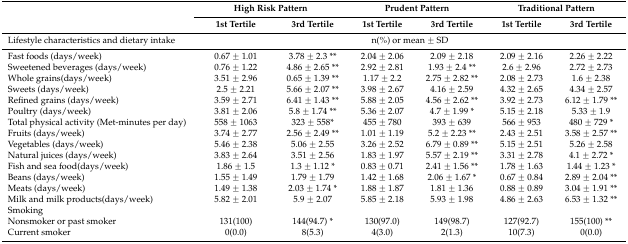
<table><thead><tr><td rowspan="2"></td><td colspan="2"><b>High Risk Pattern</b></td><td colspan="2"><b>Prudent Pattern</b></td><td colspan="2"><b>Traditional Pattern</b></td></tr><tr><td><b>1st Tertile</b></td><td><b>3rd Tertile</b></td><td><b>1st Tertile</b></td><td><b>3rd Tertile</b></td><td><b>1st Tertile</b></td><td><b>3rd Tertile</b></td></tr></thead><tbody><tr><td>Lifestyle characteristics and dietary intake</td><td colspan="6">n(%) or mean ± SD</td></tr><tr><td>Fast foods (days/week)</td><td>0.67 ± 1.01</td><td>3.78 ± 2.3 **</td><td>2.04 ± 2.06</td><td>2.09 ± 2.18</td><td>2.09 ± 2.16</td><td>2.26 ± 2.22</td></tr><tr><td>Sweetened beverages (days/week) </td><td>0.76 ± 1.22</td><td>4.86 ± 2.65 **</td><td>2.92 ± 2.81</td><td>1.93 ± 2.4 **</td><td>2.6 ± 2.96</td><td>2.72 ± 2.73</td></tr><tr><td>Whole grains(days/week) </td><td>3.51 ± 2.96</td><td>0.65 ± 1.39 **</td><td>1.17 ± 2.2</td><td>2.75 ± 2.82 **</td><td>2.08 ± 2.73</td><td>1.6 ± 2.38</td></tr><tr><td>Sweets (days/week)</td><td>2.5 ± 2.21</td><td>5.66 ± 2.07 **</td><td>3.98 ± 2.67</td><td>4.16 ± 2.59</td><td>4.32 ± 2.65</td><td>4.34 ± 2.57</td></tr><tr><td>Refined grains (days/week) </td><td>3.59 ± 2.71</td><td>6.41 ± 1.43 **</td><td>5.88 ± 2.05</td><td>4.56 ± 2.62 **</td><td>3.92 ± 2.73</td><td>6.12 ± 1.79 **</td></tr><tr><td>Poultry (days/week) </td><td>3.81 ± 2.06</td><td>5.8 ± 1.74 **</td><td>5.36 ± 2.07</td><td>4.7 ± 1.99 *</td><td>5.15 ± 2.18</td><td>5.33 ± 1.9</td></tr><tr><td>Total physical activity (Met-minutes per day)</td><td>558 ± 1063</td><td>323 ± 558*</td><td>455 ± 780</td><td>393 ± 639</td><td>566 ± 953</td><td>480 ± 729 *</td></tr><tr><td>Fruits (days/week) </td><td>3.74 ± 2.77</td><td>2.56 ± 2.49 **</td><td>1.01 ± 1.19</td><td>5.2 ± 2.23 **</td><td>2.43 ± 2.51</td><td>3.58 ± 2.57 **</td></tr><tr><td>Vegetables (days/week) </td><td>5.46 ± 2.38</td><td>5.06 ± 2.55</td><td>3.26 ± 2.52</td><td>6.79 ± 0.89 **</td><td>5.15 ± 2.51</td><td>5.26 ± 2.58</td></tr><tr><td>Natural juices (days/week)</td><td>3.83 ± 2.64</td><td>3.51 ± 2.56</td><td>1.83 ± 1.97</td><td>5.57 ± 2.19 **</td><td>3.31 ± 2.78</td><td>4.1 ± 2.72 *</td></tr><tr><td>Fish and sea food(days/week) </td><td>1.86 ± 1.5</td><td>1.3 ± 1.12 *</td><td>0.83 ± 0.71</td><td>2.41 ± 1.56 **</td><td>1.78 ± 1.63</td><td>1.44 ± 1.23 *</td></tr><tr><td>Beans (days/week) </td><td>1.55 ± 1.49</td><td>1.79 ± 1.79</td><td>1.42 ± 1.68</td><td>2.06 ± 1.67 *</td><td>0.67 ± 0.84</td><td>2.89 ± 2.04 **</td></tr><tr><td>Meats (days/week) </td><td>1.49 ± 1.38</td><td>2.03 ± 1.74 *</td><td>1.88 ± 1.87</td><td>1.81 ± 1.36</td><td>0.88 ± 0.89</td><td>3.04 ± 1.91 **</td></tr><tr><td>Milk and milk products(days/week)</td><td>5.82 ± 2.01</td><td>5.9 ± 2.07</td><td>5.85 ± 2.18</td><td>5.93 ± 1.98</td><td>4.86 ± 2.63</td><td>6.53 ± 1.32 **</td></tr><tr><td>Smoking</td><td></td><td></td><td></td><td></td><td></td><td></td></tr><tr><td>Nonsmoker or past smoker</td><td>131(100)</td><td>144(94.7) *</td><td>130(97.0)</td><td>149(98.7)</td><td>127(92.7)</td><td>155(100) **</td></tr><tr><td>Current smoker</td><td>0(0.0)</td><td>8(5.3)</td><td>4(3.0)</td><td>2(1.3)</td><td>10(7.3)</td><td>0(0.0)</td></tr></tbody></table>